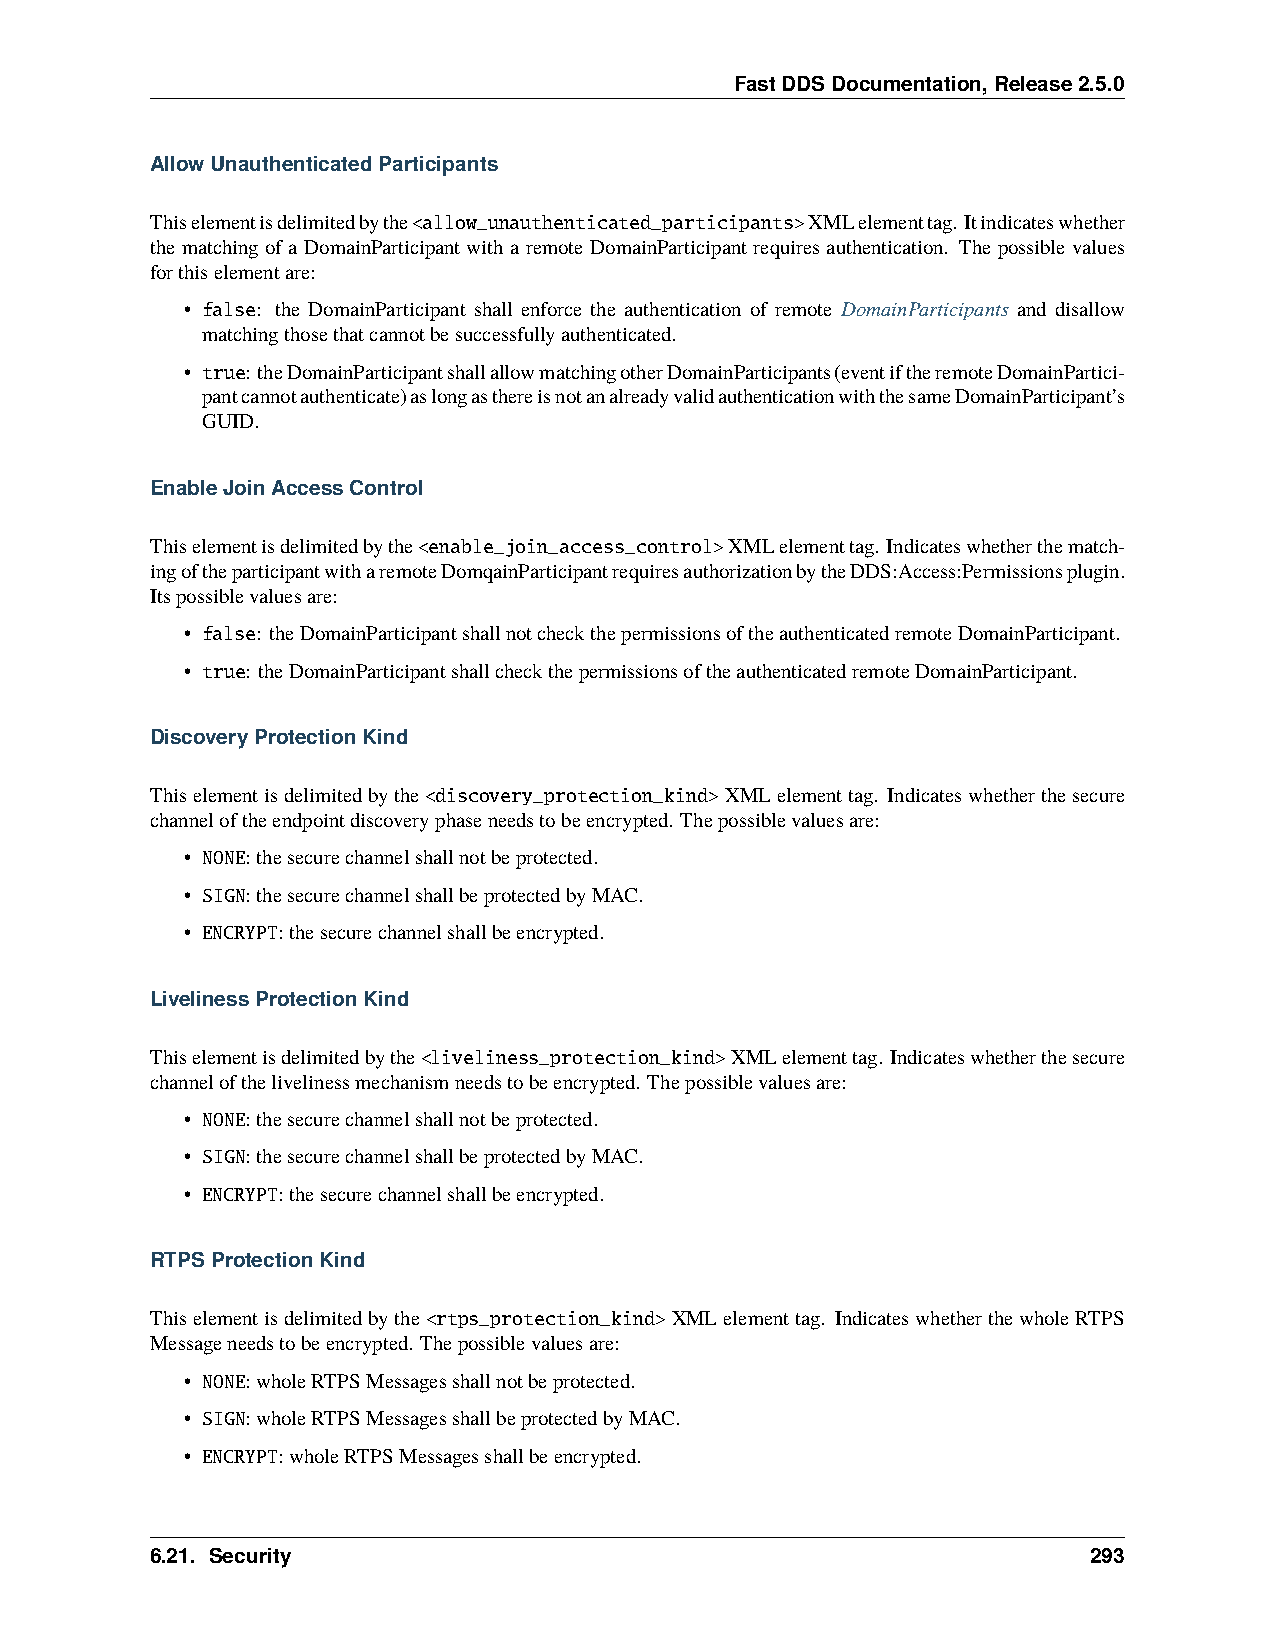
FastDDSDocumentation,Release2.5.0
 AllowUnauthenticatedParticipants
 Thiselementisdelimitedbythe<allow_unauthenticated_participants>XMLelementtag. Itindicateswhether
 the matching of a DomainParticipant with a remote DomainParticipant requires authentication. The possible values
 forthiselementare:
 • false: the DomainParticipant shall enforce the authentication of remote DomainParticipants and disallow
 matchingthosethatcannotbesuccessfullyauthenticated.
 • true:theDomainParticipantshallallowmatchingotherDomainParticipants(eventiftheremoteDomainPartici-
 pantcannotauthenticate)aslongasthereisnotanalreadyvalidauthenticationwiththesameDomainParticipant’s
 GUID.
 EnableJoinAccessControl
 Thiselementisdelimitedbythe<enable_join_access_control>XMLelementtag. Indicateswhetherthematch-
 ingoftheparticipantwitharemoteDomqainParticipantrequiresauthorizationbytheDDS:Access:Permissionsplugin.
 Itspossiblevaluesare:
 • false: theDomainParticipantshallnotcheckthepermissionsoftheauthenticatedremoteDomainParticipant.
 • true: theDomainParticipantshallcheckthepermissionsoftheauthenticatedremoteDomainParticipant.
 DiscoveryProtectionKind
 Thiselementisdelimitedbythe<discovery_protection_kind>XMLelementtag. Indicateswhetherthesecure
 channeloftheendpointdiscoveryphaseneedstobeencrypted. Thepossiblevaluesare:
 • NONE:thesecurechannelshallnotbeprotected.
 • SIGN:thesecurechannelshallbeprotectedbyMAC.
 • ENCRYPT:thesecurechannelshallbeencrypted.
 LivelinessProtectionKind
 Thiselementisdelimitedbythe<liveliness_protection_kind>XMLelementtag. Indicateswhetherthesecure
 channelofthelivelinessmechanismneedstobeencrypted. Thepossiblevaluesare:
 • NONE:thesecurechannelshallnotbeprotected.
 • SIGN:thesecurechannelshallbeprotectedbyMAC.
 • ENCRYPT:thesecurechannelshallbeencrypted.
 RTPSProtectionKind
 Thiselementisdelimitedbythe<rtps_protection_kind>XMLelementtag. IndicateswhetherthewholeRTPS
 Messageneedstobeencrypted. Thepossiblevaluesare:
 • NONE:wholeRTPSMessagesshallnotbeprotected.
 • SIGN:wholeRTPSMessagesshallbeprotectedbyMAC.
 • ENCRYPT:wholeRTPSMessagesshallbeencrypted.
 6.21. Security                                                293